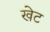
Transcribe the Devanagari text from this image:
खेट